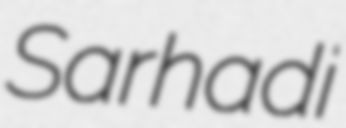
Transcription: Sarhadi